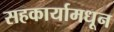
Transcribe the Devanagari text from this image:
सहकार्यामधून